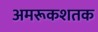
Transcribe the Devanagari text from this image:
अमरूकशतक